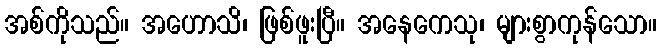
အစ်ကိုသည်။ အဟောသိ၊ ဖြစ်ဖူးပြီ။ အနေကေသု၊ များစွာကုန်သော။